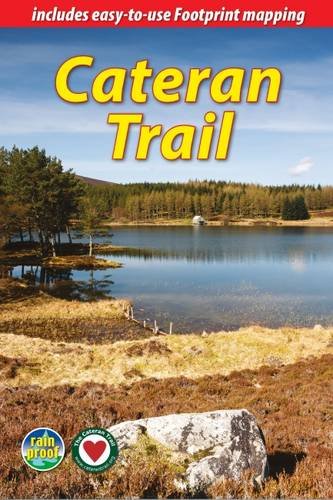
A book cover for Cateran Trail: A Circular Walk in the Heart of Scotland; Jacquetta Megarry; Travel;